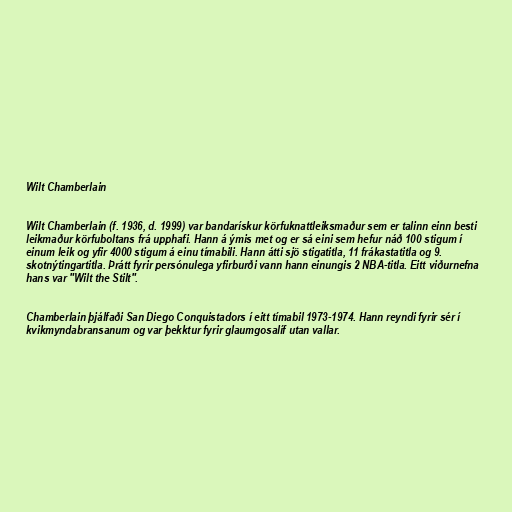
Wilt Chamberlain

Wilt Chamberlain (f. 1936, d. 1999) var bandarískur körfuknattleiksmaður sem er talinn einn besti
leikmaður körfuboltans frá upphafi. Hann á ýmis met og er sá eini sem hefur náð 100 stigum í
einum leik og yfir 4000 stigum á einu tímabili. Hann átti sjö stigatitla, 11 frákastatitla og 9.
skotnýtingartitla. Þrátt fyrir persónulega yfirburði vann hann einungis 2 NBA-titla. Eitt viðurnefna
hans var "Wilt the Stilt".

Chamberlain þjálfaði San Diego Conquistadors í eitt tímabil 1973-1974. Hann reyndi fyrir sér í
kvikmyndabransanum og var þekktur fyrir glaumgosalíf utan vallar.